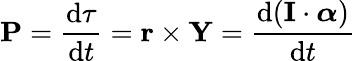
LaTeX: {\boldsymbol{\mathrm{P}}}={\frac{\mathrm{{d}}\mathbf{\tau}}{\mathrm{{d}}t}}=\mathbf{r}\times\mathbf{Y}={\frac{\mathrm{{d}}(\mathbf{I}\cdot{\boldsymbol{\alpha}})}{\mathrm{{d}}t}}